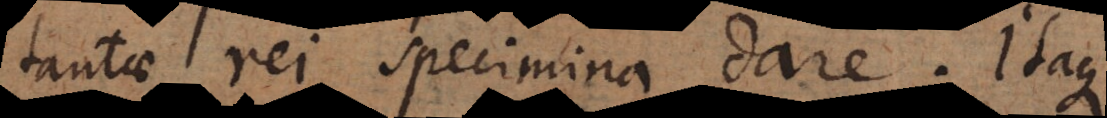
tantae rei specimina dare. Itaqu